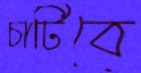
চাটিবে